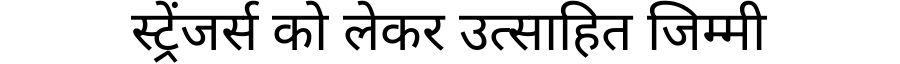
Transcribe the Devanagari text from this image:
स्ट्रेंजर्स को लेकर उत्साहित जिम्मी